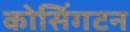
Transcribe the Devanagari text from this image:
कोसिंगटन